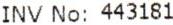
INV NO: 443181